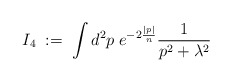
\begin{align*}I_4 \; := \;\int d^2p \; e^{-2\frac{|p|}{n}} \frac{1}{p^2 + \lambda^2}\end{align*}